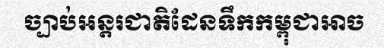
ច្បាប់អន្តរជាតិដែនទឹកកម្ពុជាអាច